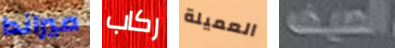
ميراندا ركاب العميلة الصيف